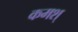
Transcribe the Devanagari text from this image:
कमश्